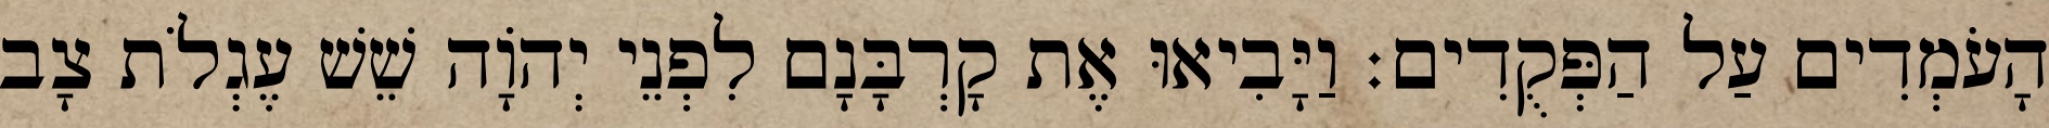
הָעֹמְדִים עַל הַפְּקֻדִים׃ וַיָּבִיאוּ אֶת קָרְבָּנָם לִפְנֵי יְהֹוָה שֵׁשׁ עֶגְלֹת צָב